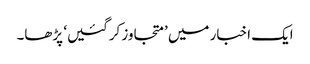
ایک اخبار میں ’متجاوز کرگئیں‘ پڑھا۔